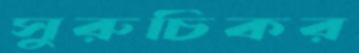
সুরুচিকর